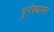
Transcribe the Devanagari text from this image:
पुर्नस्थापन